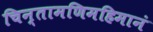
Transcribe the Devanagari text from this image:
चिन्तामणिमहिमानं